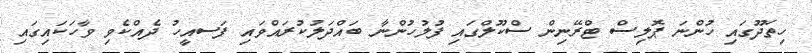
ހިތަދޫގައި ހުންނަ ޕޮލިސް ޓްރޭނިން ސްކޫލްގައި ފުލުހުންނާ ބައްދަލުކުރައްވައި ފަސއީހު ދެއްކެވި ވާހަކައިގައި